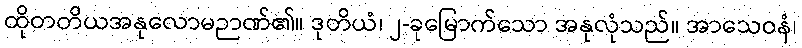
ထိုတတိယအနုလောမဉာဏ်၏။ ဒုတိယံ၊ ၂-ခုမြောက်သော အနုလုံသည်။ အာသေဝနံ၊